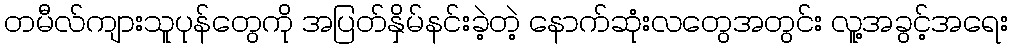
တမီလ်ကျားသူပုန်တွေကို အပြတ်နှိမ်နင်းခဲ့တဲ့ နောက်ဆုံးလတွေအတွင်း လူ့အခွင့်အရေး